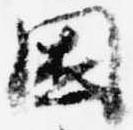
困